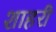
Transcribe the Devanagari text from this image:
शाहरी